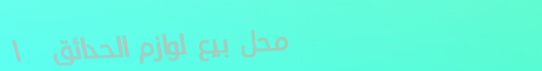
محل بيع لوازم الحدائق   ا